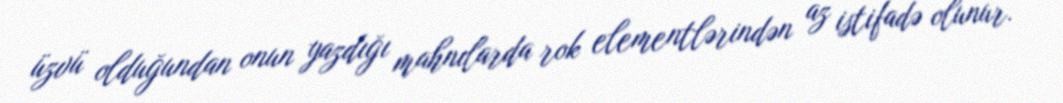
üzvü olduğundan onun yazdığı mahnılarda rok elementlərindən az istifadə olunur.